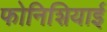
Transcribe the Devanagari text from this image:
फोनिशियाई